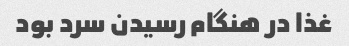
غذا در هنگام رسیدن سرد بود